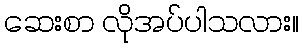
ဆေးစာ လိုအပ်ပါသလား။